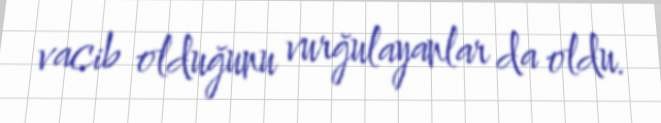
vacib olduğunu vurğulayanlar da oldu.